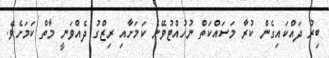
ބިރު ދައްކައިގެން ކުރާ މަސައްކަތް ނުހުއްޓުވޭނެ ކަމަށާއި ރިޒްގު ދެއްވަނީ މާތް ކަމަށެވެ.